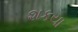
શકયા